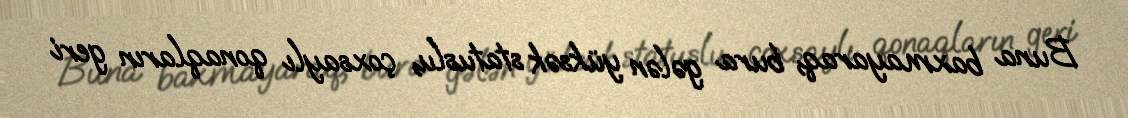
Buna baxmayaraq, bura gələn yüksək statuslu, çoxsaylı qonaqların geri